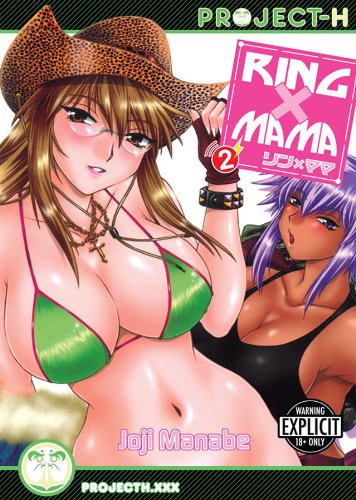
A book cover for Ring X Mama, Vol. 2; Joji Manabe; Comics & Graphic Novels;